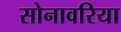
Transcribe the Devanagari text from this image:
सोनावरिया